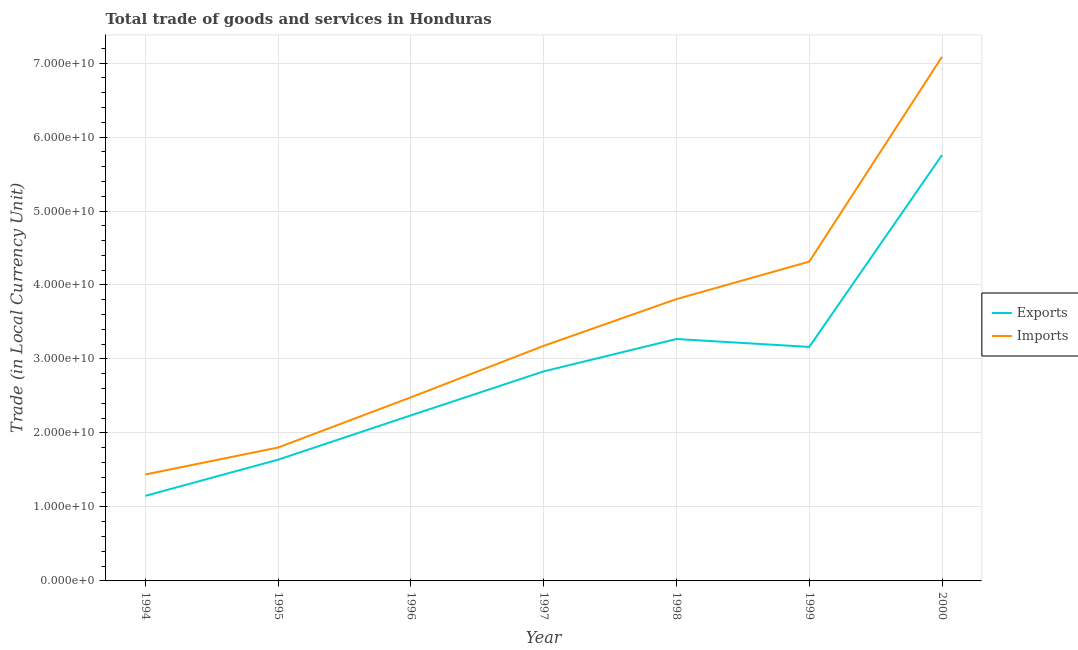
| Year | Exports | Imports |
 | --- | --- | --- |
 | 1994 | 1.15e+10 | 1.44e+10 |
 | 1995 | 1.64e+10 | 1.8e+10 |
 | 1996 | 2.24e+10 | 2.48e+10 |
 | 1997 | 2.83e+10 | 3.18e+10 |
 | 1998 | 3.27e+10 | 3.81e+10 |
 | 1999 | 3.16e+10 | 4.32e+10 |
 | 2000 | 5.76e+10 | 7.08e+10 |